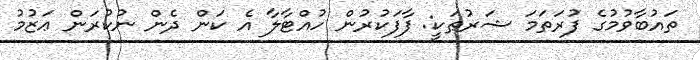
ތައުބާވުމުގެ ފުރަތަމަ ޝަރުޠަކީ: ފާފަކުރުން ހުއްޓާލާ އެ ކަން ދެން ނުކުރަން ޢަޒުމު